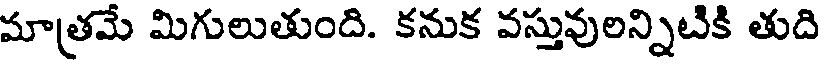
మాత్రమే మిగులుతుంది. కనుక వస్తువులన్నిటికి తుది